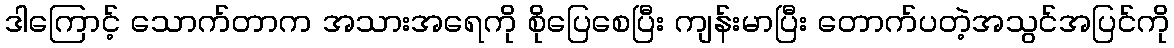
ဒါကြောင့် သောက်တာက အသားအရေကို စိုပြေစေပြီး ကျန်းမာပြီး တောက်ပတဲ့အသွင်အပြင်ကို